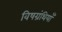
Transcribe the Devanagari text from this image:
विषग्रंथियाँ